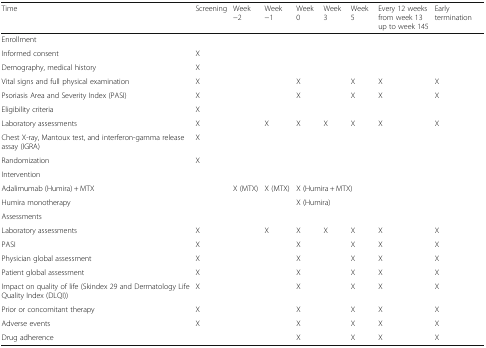
| Time | Screening | Week −2 | Week −1 | Week 0 | Week 3 | Week 5 | Every 12 weeks from week 13 up to week 145 | Early termination |
 | --- | --- | --- | --- | --- | --- | --- | --- | --- |
 | <COLSPAN=9> Enrollment |
 | Informed consent | X |  |  |  |  |  |  |  |
 | Demography, medical history | X |  |  |  |  |  |  |  |
 | Vital signs and full physical examination | X |  |  | X |  | X | X | X |
 | Psoriasis Area and Severity Index (PASI) | X |  |  | X |  | X | X | X |
 | Eligibility criteria | X |  |  |  |  |  |  |  |
 | Laboratory assessments | X |  | X | X | X | X | X | X |
 | Chest X-ray, Mantoux test, and interferon-gamma release assay (IGRA) | X |  |  |  |  |  |  |  |
 | Randomization | X |  |  |  |  |  |  |  |
 | <COLSPAN=9> Intervention |
 | Adalimumab (Humira) + MTX |  | X (MTX) | X (MTX) | <COLSPAN=5> X (Humira + MTX) |
 | Humira monotherapy |  |  |  | <COLSPAN=5> X (Humira) |
 | <COLSPAN=9> Assessments |
 | Laboratory assessments | X |  | X | X | X | X | X | X |
 | PASI | X |  |  | X |  | X | X | X |
 | Physician global assessment | X |  |  | X |  | X | X | X |
 | Patient global assessment | X |  |  | X |  | X | X | X |
 | Impact on quality of life (Skindex 29 and Dermatology Life Quality Index (DLQI)) | X |  |  | X |  | X | X | X |
 | Prior or concomitant therapy | X |  |  | X |  | X | X | X |
 | Adverse events | X |  |  | X |  | X | X | X |
 | Drug adherence |  |  |  | X |  | X | X | X |